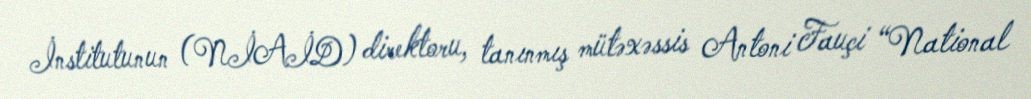
İnstitutunun (NİAİD) direktoru, tanınmış mütəxəssis Antoni Fauçi “National